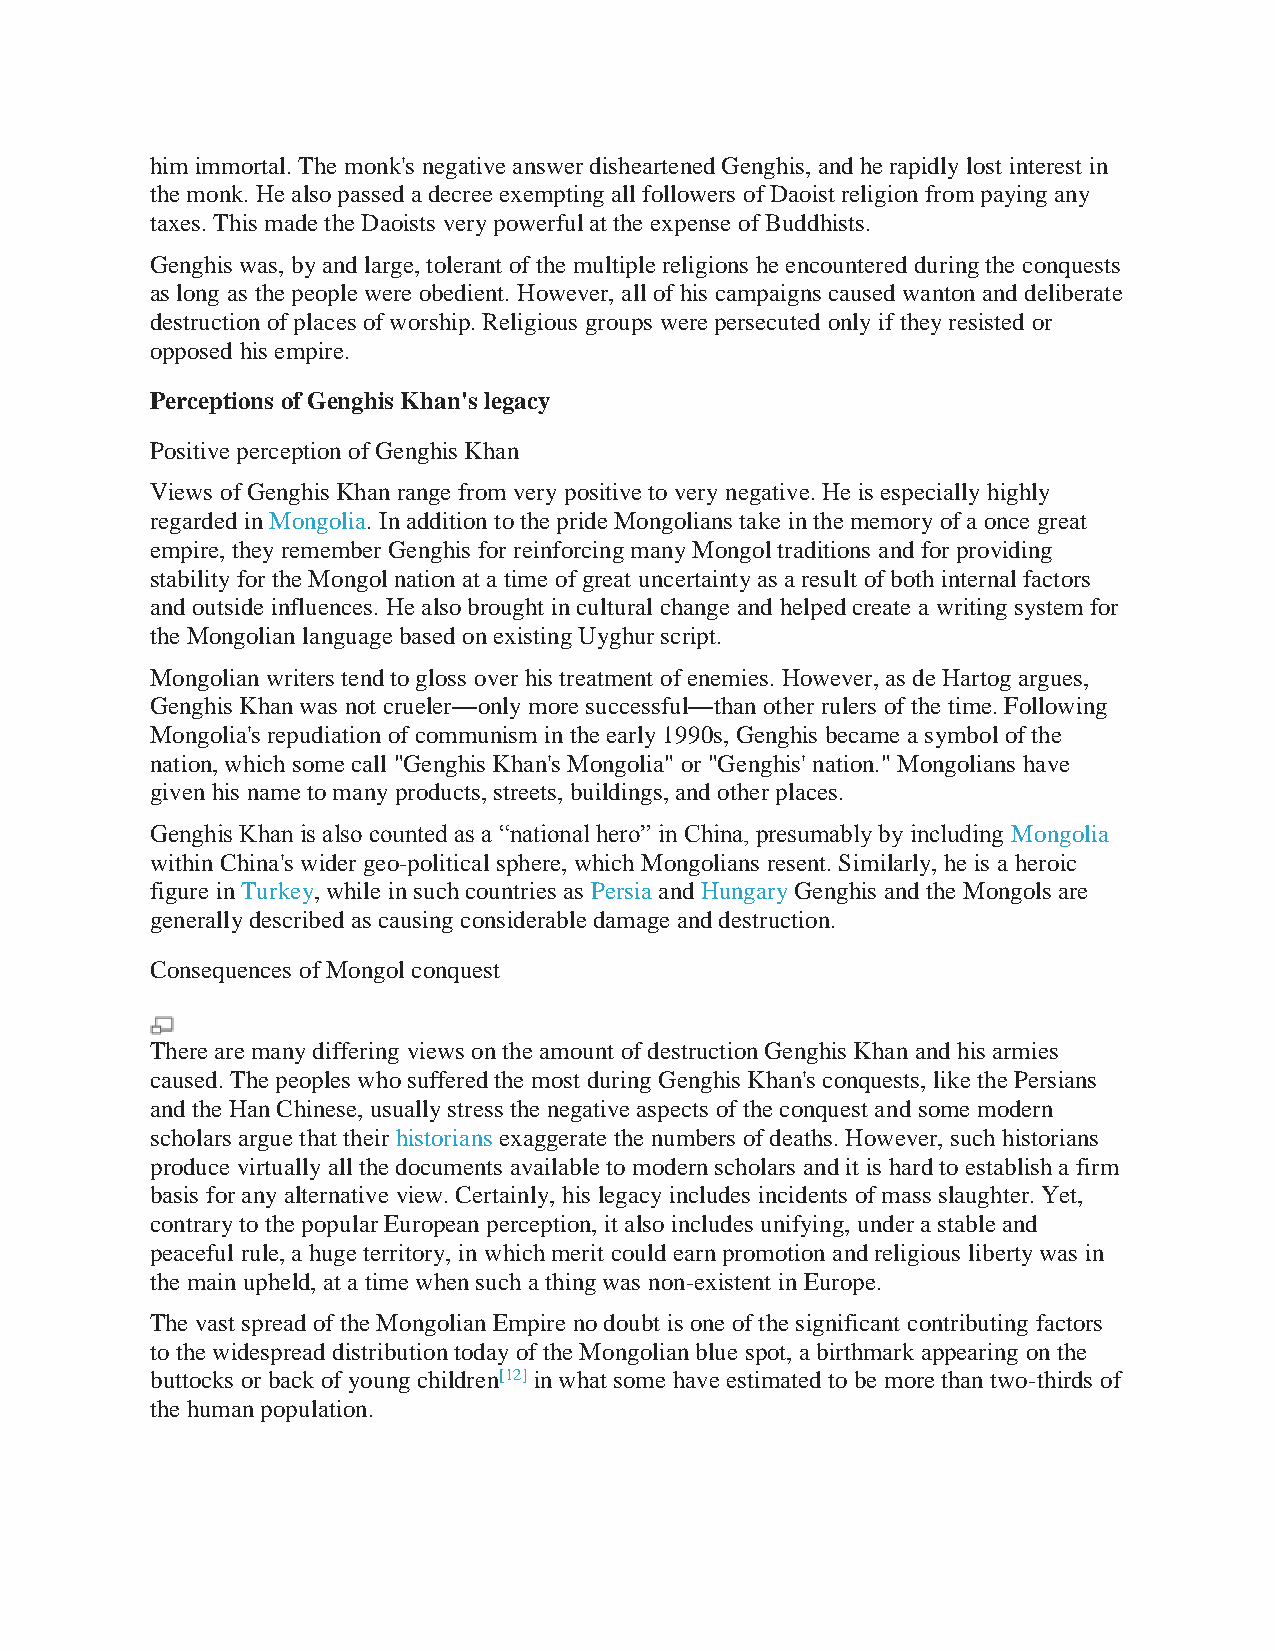
him immortal. The monk's negative answer disheartened Genghis, and he rapidly lost interest in
 the monk. He also passed a decree exempting all followers of Daoist religion from paying any
 taxes. This made the Daoists very powerful at the expense of Buddhists.
 Genghis was, by and large, tolerant of the multiple religions he encountered during the conquests
 as long as the people were obedient. However, all of his campaigns caused wanton and deliberate
 destruction of places of worship. Religious groups were persecuted only if they resisted or
 opposed his empire.
 Perceptions of Genghis Khan's legacy
 Positive perception of Genghis Khan
 Views of Genghis Khan range from very positive to very negative. He is especially highly
 regarded in Mongolia. In addition to the pride Mongolians take in the memory of a once great
 empire, they remember Genghis for reinforcing many Mongol traditions and for providing
 stability for the Mongol nation at a time of great uncertainty as a result of both internal factors
 and outside influences. He also brought in cultural change and helped create a writing system for
 the Mongolian language based on existing Uyghur script.
 Mongolian writers tend to gloss over his treatment of enemies. However, as de Hartog argues,
 Genghis Khan was not crueler—only more successful—than other rulers of the time. Following
 Mongolia's repudiation of communism in the early 1990s, Genghis became a symbol of the
 nation, which some call "Genghis Khan's Mongolia" or "Genghis' nation." Mongolians have
 given his name to many products, streets, buildings, and other places.
 Genghis Khan is also counted as a “national hero” in China, presumably by including Mongolia
 within China's wider geo-political sphere, which Mongolians resent. Similarly, he is a heroic
 figure in Turkey, while in such countries as Persia and Hungary Genghis and the Mongols are
 generally described as causing considerable damage and destruction.
 Consequences of Mongol conquest
 There are many differing views on the amount of destruction Genghis Khan and his armies
 caused. The peoples who suffered the most during Genghis Khan's conquests, like the Persians
 and the Han Chinese, usually stress the negative aspects of the conquest and some modern
 scholars argue that their historians exaggerate the numbers of deaths. However, such historians
 produce virtually all the documents available to modern scholars and it is hard to establish a firm
 basis for any alternative view. Certainly, his legacy includes incidents of mass slaughter. Yet,
 contrary to the popular European perception, it also includes unifying, under a stable and
 peaceful rule, a huge territory, in which merit could earn promotion and religious liberty was in
 the main upheld, at a time when such a thing was non-existent in Europe.
 The vast spread of the Mongolian Empire no doubt is one of the significant contributing factors
 to the widespread distribution today of the Mongolian blue spot, a birthmark appearing on the
 buttocks or back of young children[12] in what some have estimated to be more than two-thirds of
 the human population.